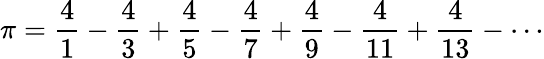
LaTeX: \pi={\frac{4}{1}}-{\frac{4}{3}}+{\frac{4}{5}}-{\frac{4}{7}}+{\frac{4}{9}}-{\frac{4}{11}}+{\frac{4}{13}}-\cdots